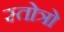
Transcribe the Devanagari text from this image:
स्तोत्रो